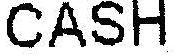
CASH